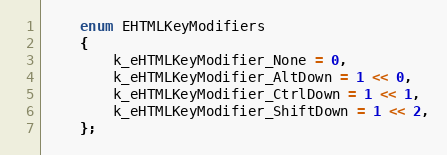
Language: C
	enum EHTMLKeyModifiers
	{
		k_eHTMLKeyModifier_None = 0,
		k_eHTMLKeyModifier_AltDown = 1 << 0,
		k_eHTMLKeyModifier_CtrlDown = 1 << 1,
		k_eHTMLKeyModifier_ShiftDown = 1 << 2,
	};